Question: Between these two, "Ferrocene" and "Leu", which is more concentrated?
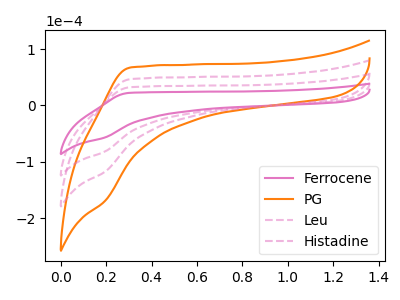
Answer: <think>The pink curve "Ferrocene" has no peaks. The orange curve "PG" has no peaks. The pink dashed curve "Leu" has no peaks. The pink dashed curve "Histadine" has no peaks.
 Neither "Ferrocene" or "Leu" have any peaks.</think>
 <answer>I cant tell if "Ferrocene" or "Leu" has higher concentration.</answer>
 <eval>mixed_concentration</eval>